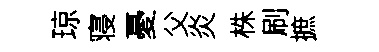
琼寝憂父炎株刷摭